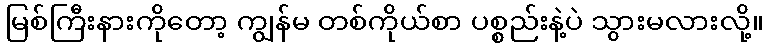
မြစ်ကြီးနားကိုတော့ ကျွန်မ တစ်ကိုယ်စာ ပစ္စည်းနဲ့ပဲ သွားမလားလို့။